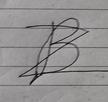
Signature authenticity: forged